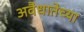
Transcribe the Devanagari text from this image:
अवैधातेच्या